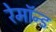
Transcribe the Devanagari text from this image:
रेमॉन्ड